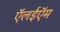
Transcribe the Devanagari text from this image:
ऍलईऍम